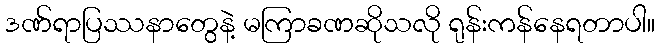
ဒဏ်ရာပြဿနာတွေနဲ့ မကြာခဏဆိုသလို ရုန်းကန်နေရတာပါ။